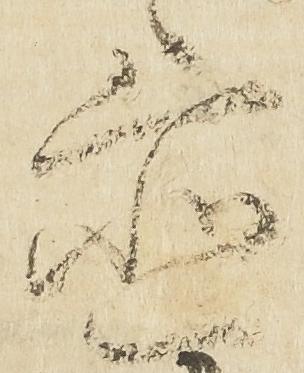
置